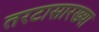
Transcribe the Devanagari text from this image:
तरटासारख्या